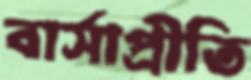
বার্সাপ্রীতি